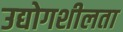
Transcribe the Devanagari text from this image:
उद्योगशीलता